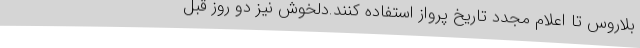
بلاروس تا اعلام مجدد تاریخ پرواز استفاده کنند.دلخوش نیز دو روز قبل